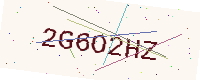
Text: 2G6O2HZ